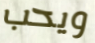
ويحب